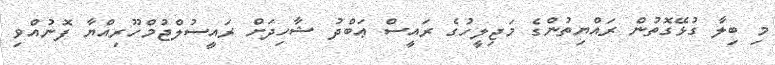
މި ބިލާ ގުޅޭގޮތުން ރައްޔިތުންގެ މަޖިލީހުގެ ރައީސް ޢަބްދު ޝާހިދަށް ރައީސުލްޖުމްހޫރިއްޔާ ފޮނުއްވި